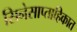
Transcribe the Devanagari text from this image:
सिनेसाप्ताहिकात